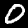
Digit: 0